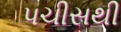
પચીસથી